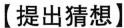
【提出猜想】